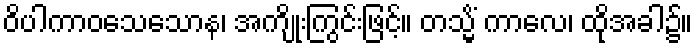
ဝိပါကာဝသေသောန၊ အကျိုးကြွင်းဖြင့်။ တသ္မိံ ကာလေ၊ ထိုအခါ၌။